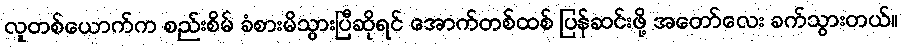
လူတစ်ယောက်က စည်းစိမ် ခံစားမိသွားပြီဆိုရင် အောက်တစ်ထစ် ပြန်ဆင်းဖို့ အတော်လေး ခက်သွားတယ်။